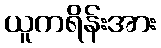
ယူကရိန်းအား